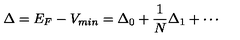
\Delta = E _ { F } - V _ { m i n } = \Delta _ { 0 } + \frac { 1 } { N } \Delta _ { 1 } + \cdots